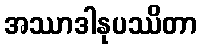
အဿာဒါနုပဿိတာ